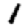
Digit: 1